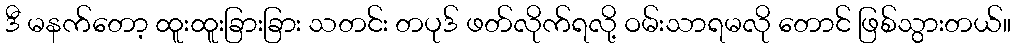
ဒီ မနက်တော့ ထူးထူးခြားခြား သတင်း တပုဒ် ဖတ်လိုက်ရလို့ ဝမ်းသာရမလို တောင် ဖြစ်သွားတယ်။